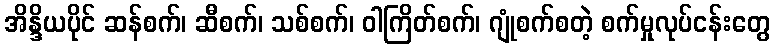
အိန္ဒိယပိုင် ဆန်စက်၊ ဆီစက်၊ သစ်စက်၊ ဝါကြိတ်စက်၊ ဂျုံစက်စတဲ့ စက်မှုလုပ်ငန်းတွေ